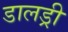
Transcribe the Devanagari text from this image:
डालड्री